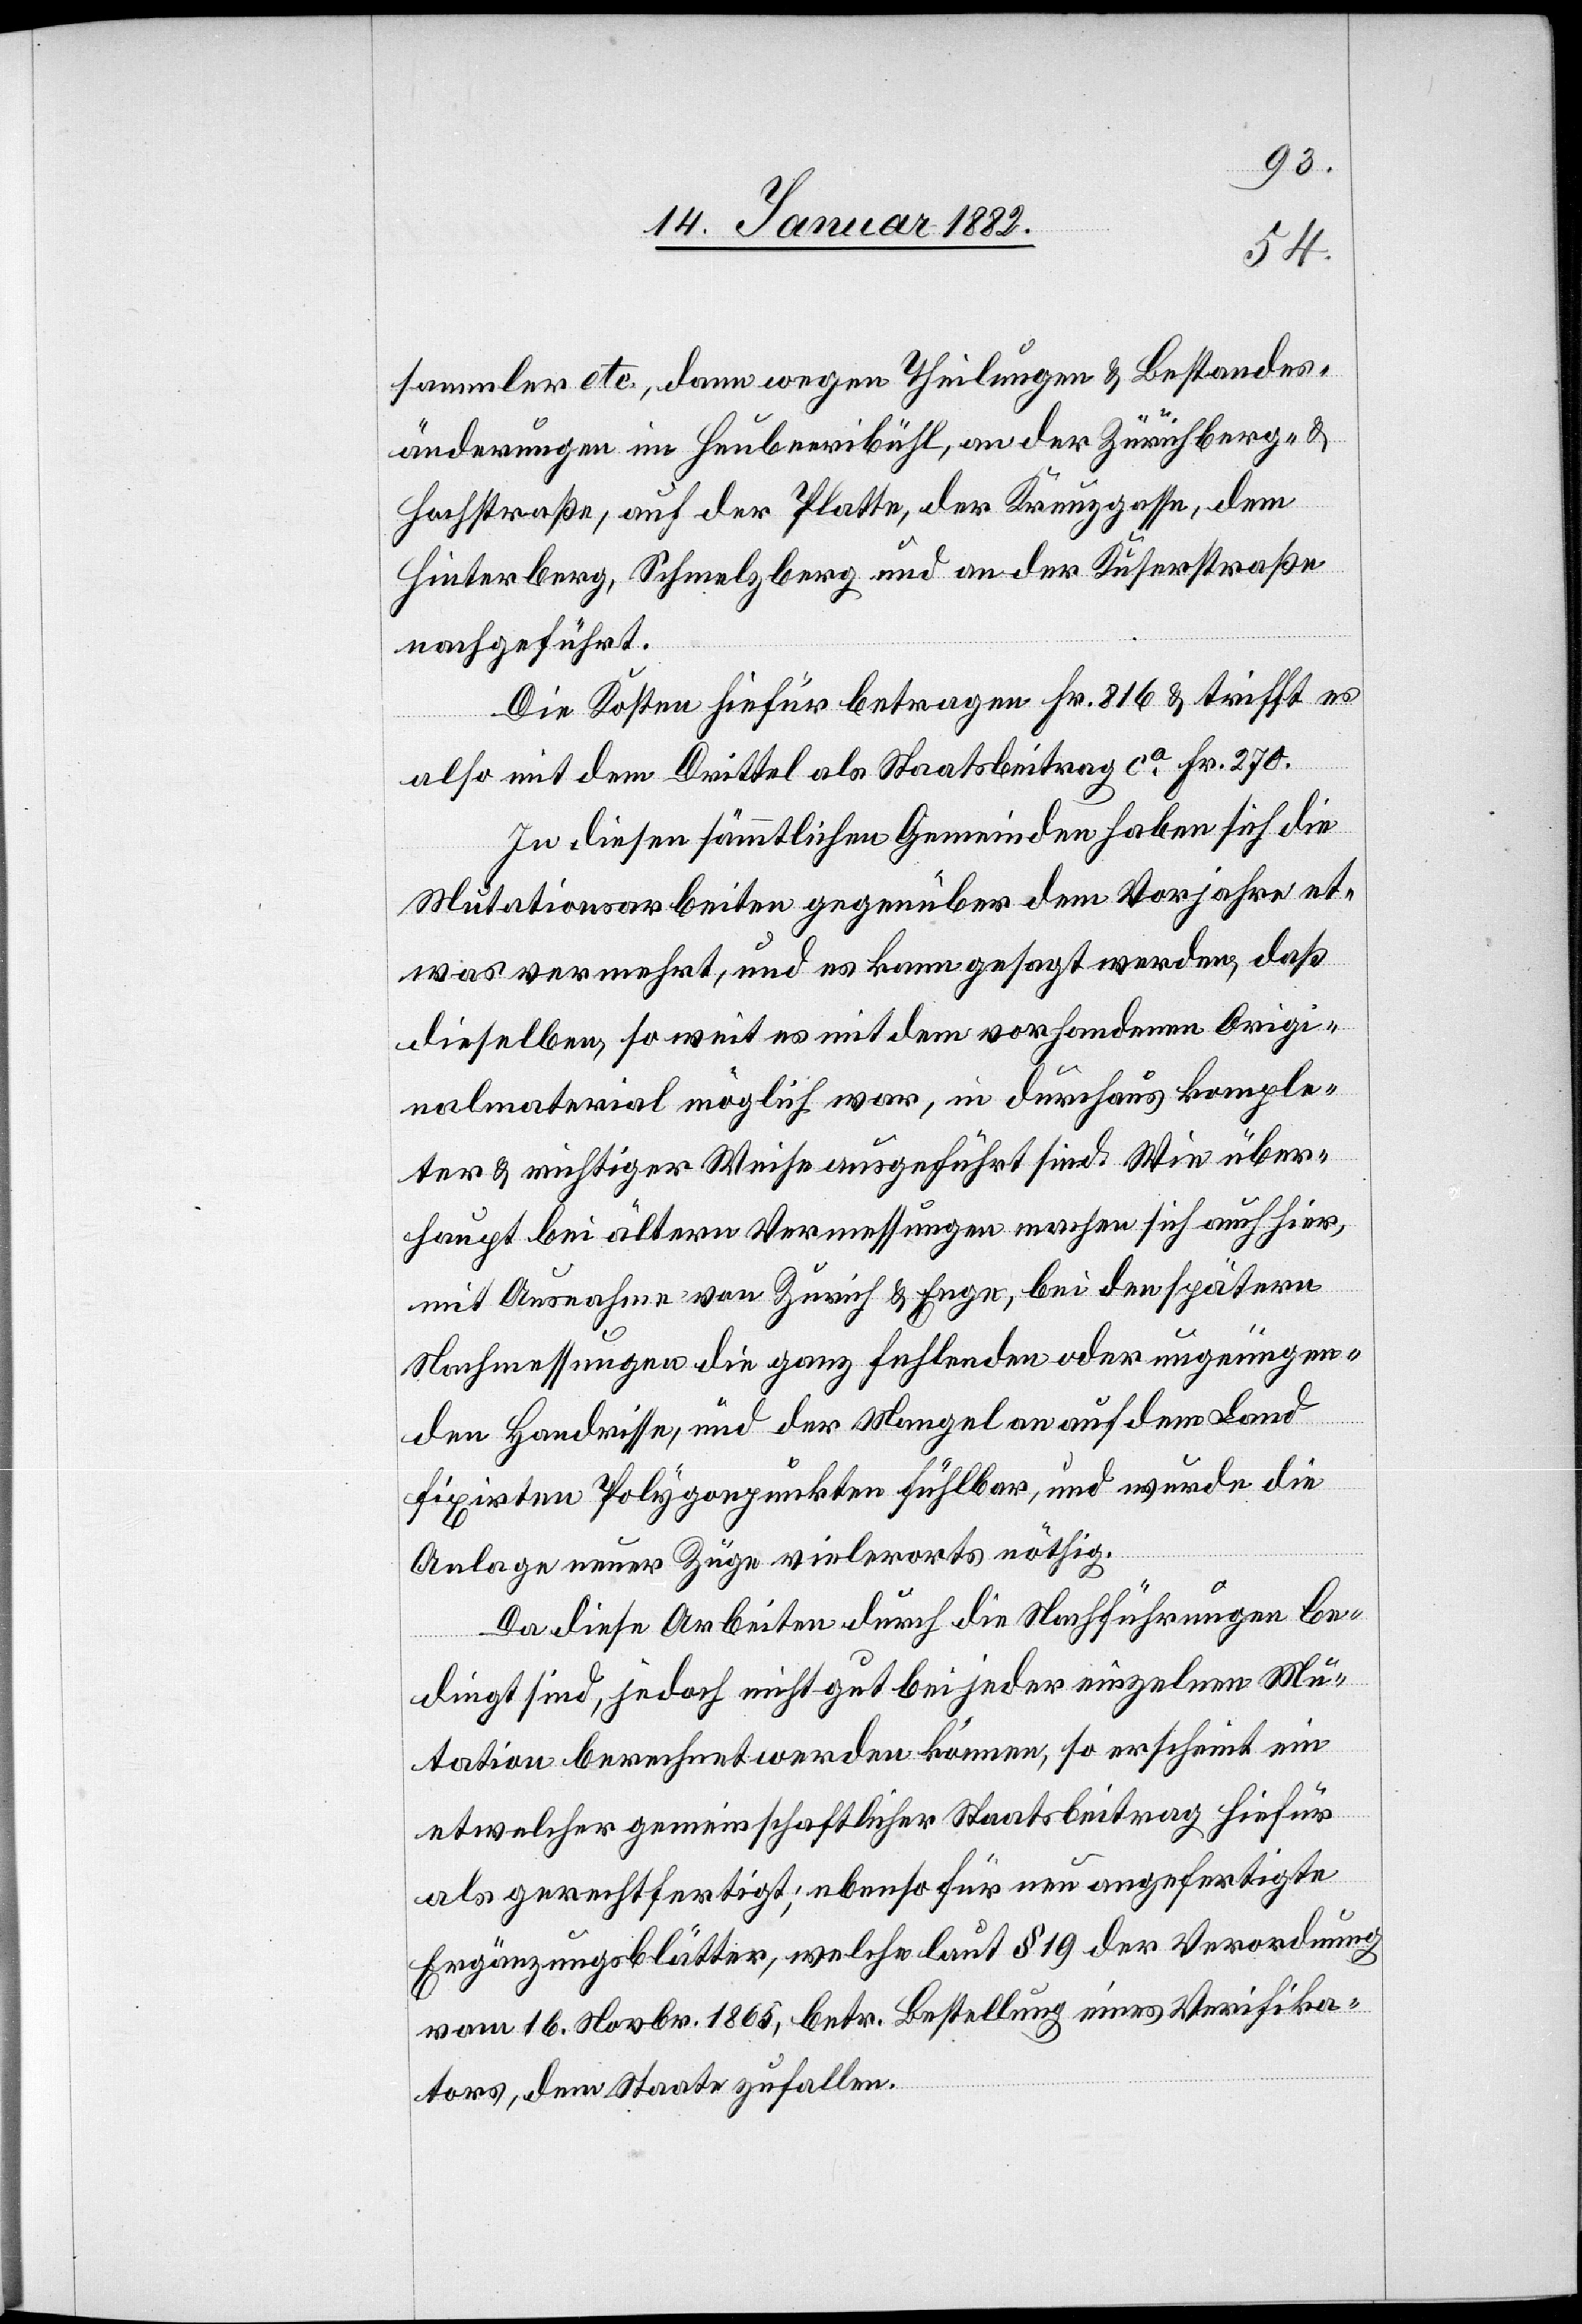
sammler etc., dann wegen Theilungen & Bestandes¬
änderungen im Heubeeribühl, an der Zürichberg- &
Hochstraße, auf der Platte, der Kreuzgasse, dem
Hinterberg, Schmelzberg und an der Kuserstraße
nachgeführt.
Die Kosten hiefür betragen Fr. 816 & trifft es
also mit dem Drittel als Staatsbeitrag ca Fr. 270.
In diesen sämmtlichen Gemeinden haben sich die
Mutationsarbeiten gegenüber dem Vorjahr et¬
was vermehrt, und es kann gesagt werden, daß
dieselben, so weit es mit dem vorhandenem Origi¬
nalmaterial möglich war, in durchaus komple¬
ter & richtiger Weise ausgeführt sind. Wie über¬
haupt bei ältern Vermessungen machen sich auch hier
mit Ausnahme von Zürich & Enge, bei den späteren
Nachmessungen die ganz fehlenden oder ungenügen¬
den Handrisse, und der Mangel an auch dem Land
fixirten Polygonpunkten fühlbar, und wurde die
Anlage neuer Züge vielerorts nöthig.
Da diese Arbeiten durch die Nachführungen be¬
dingt sind, jedoch nicht gut bei jeder einzelnen Mu¬
tation berechnet werden können, so erscheint ein
etwelcher gemeinschaftlicher Staatsbeitrag hiefür
als gerechtfertigt; ebenso für neu angefertigte
Ergänzungsblätter, welche laut § 19 der Verordnung
vom 16. Novbr. 1865, betr. Bestellung eines Verifika¬
tors, dem Staate zufallen.